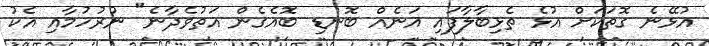
އުޅޭނެ ގޮތަކަށް އުޅެ ތެޅިބާލާފައި އަނެއް ބޮނޑި ބޮއެގެން އަތުވެދާނެ" ނުރުހުމާއި އެކު